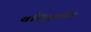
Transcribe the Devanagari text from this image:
वसियुकोव